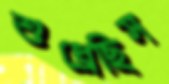
শুধ্‌রেছিস